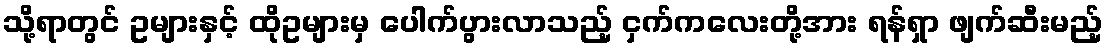
သို့ရာတွင် ဥများနှင့် ထိုဥများမှ ပေါက်ပွားလာသည့် ငှက်ကလေးတို့အား ရန်ရှာ ဖျက်ဆီးမည့်